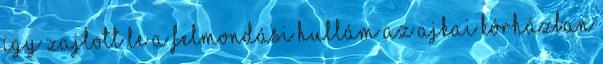
így zajlott le a felmondási hullám az ajkai kórházban